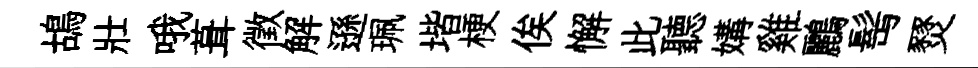
鴣壯哦葺徵解遜珮堦梗俟懈此聽媾雞鸝髩燹